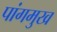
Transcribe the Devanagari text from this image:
पांगमुख